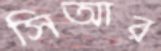
সিআর